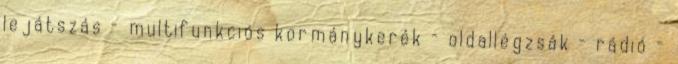
lejátszás – multifunkciós kormánykerék – oldallégzsák – rádió –